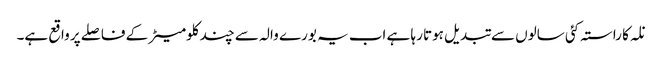
نلہ کا راستہ کئی سالوں سے تبدیل ہوتا رہا ہے اب یہ بورے والہ سے چند کلومیٹر کے فاصلے پر واقع ہے۔